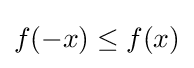
f(-x)\leq f(x)